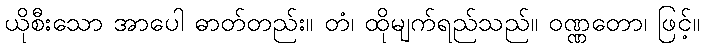
ယိုစီးသော အာပေါ ဓာတ်တည်း။ တံ၊ ထိုမျက်ရည်သည်။ ဝဏ္ဏတော၊ ဖြင့်။